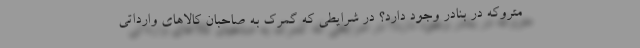
متروکه در بنادر وجود دارد؟ در شرایطی که گمرک به صاحبان کالاهای وارداتی